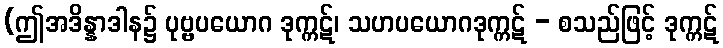
(ဤအဒိန္နာဒါန၌ ပုဗ္ဗပယောဂ ဒုက္ကဋ်၊ သဟပယောဂဒုက္ကဋ် - စသည်ဖြင့် ဒုက္ကဋ်